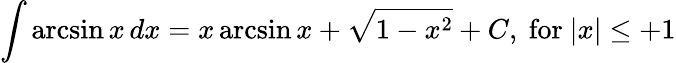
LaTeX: \int\arcsin{x}\, dx=x\arcsin{x}+{\sqrt{1-x^{2}}}+C,{\mathrm{~for~}}\vert x\vert\leq+1